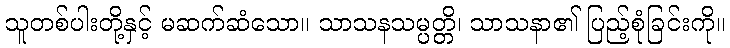
သူတစ်ပါးတို့နှင့် မဆက်ဆံသော။ သာသနသမ္ပတ္တိ၊ သာသနာ၏ ပြည့်စုံခြင်းကို။